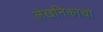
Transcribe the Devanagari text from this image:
लेखनिकाचा